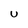
Character: U